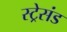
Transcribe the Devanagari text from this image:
स्ट्रेसंड